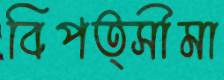
বিপত্সীমা